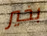
بخير